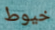
خيوط